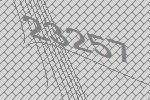
23257